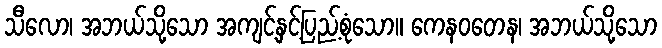
သီလော၊ အဘယ်သို့သော အကျင့်နှင့်ပြည့်စုံသော။ ကေနဝတေန၊ အဘယ်သို့သော